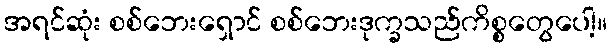
အရင်ဆုံး စစ်ဘေးရှောင် စစ်ဘေးဒုက္ခသည်ကိစ္စတွေပေါ့။